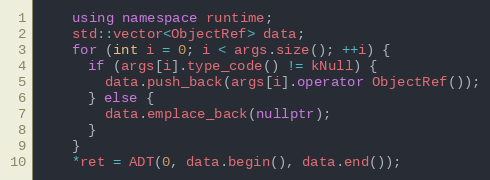
Language: C++
    using namespace runtime;
    std::vector<ObjectRef> data;
    for (int i = 0; i < args.size(); ++i) {
      if (args[i].type_code() != kNull) {
        data.push_back(args[i].operator ObjectRef());
      } else {
        data.emplace_back(nullptr);
      }
    }
    *ret = ADT(0, data.begin(), data.end());